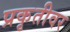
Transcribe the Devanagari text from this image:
प्रकृतीवर